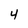
Character: 4